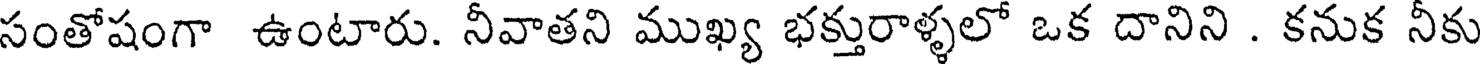
సంతోషంగా ఉంటారు. నీవాతని ముఖ్య భక్తురాళ్ళలో ఒక దానిని . కనుక నీకు